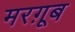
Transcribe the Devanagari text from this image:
मरग़ूब